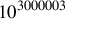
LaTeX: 1 0 ^ { 3 0 0 0 0 0 3 }